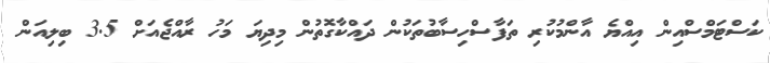
ކަސްޓަމްސްއިން އިއްޔެ އާންމުކުރި ތަފާސްހިސާބުތަކުން ދައްކާގޮތުން މިދިޔަ މަހު ރާއްޖެއަށް 3.5 ބިލިއަން